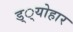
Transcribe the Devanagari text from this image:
ड््योहार